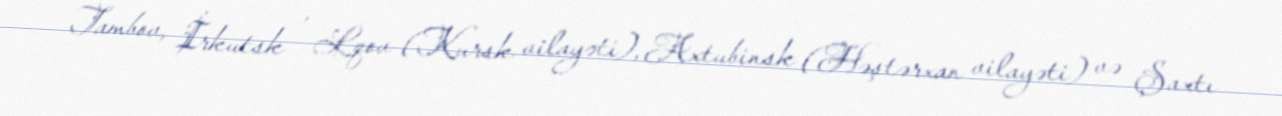
Tambov, İrkutsk , Lqov (Kursk vilayəti), Axtubinsk (Həştərxan vilayəti) və Şaxtı